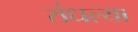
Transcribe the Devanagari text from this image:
रांधल्या